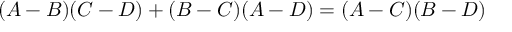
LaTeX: ( A - B ) ( C - D ) + ( B - C ) ( A - D ) = ( A - C ) ( B - D )